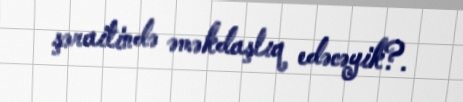
şəraitində əməkdaşlıq edəcəyik?.